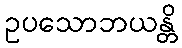
ဥပသောဘယန္တိ